Code of medical and sanitary regulations for the guidance of medical officers serving in the Madras Presidency - Volume I
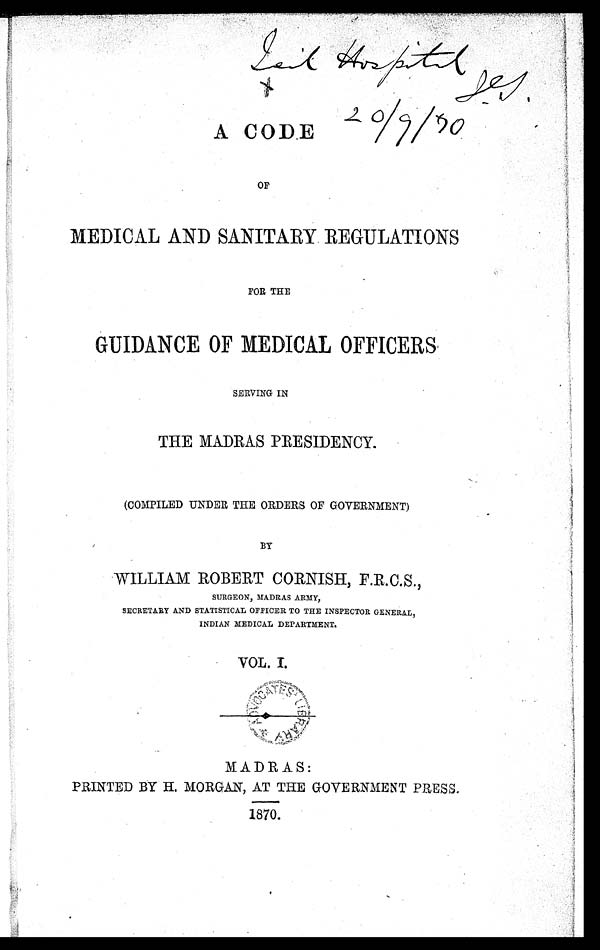
L a i d H o s p i t a l
A CODE
OF
MEDICAL AND SANITARY REGULATIONS
FOR THE
GUIDANCE OF MEDICAL OFFICERS
SERVING IN
THE MADRAS PRESIDENCY.
(COMPILED UNDER THE ORDERS OF GOVERNMENT)
BY
WILLIAM ROBERT CORNISH, F.R.C.S.,
SURGEON, MADRAS ARMY,
SECRETARY AND STATISTICAL OFFICER TO THE INSPECTOR GENERAL,
INDIAN MEDICAL DEPARTMENT.
VOL. I.
MADRAS:
PRINTED BY H. MORGAN, AT THE GOVERNMENT PRESS.
1870.